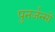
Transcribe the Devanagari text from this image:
पुनर्जन्मों